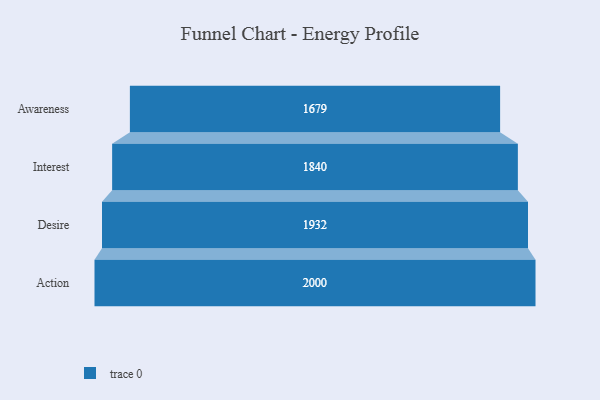
{"axis": {"x": "Stage", "y": "Value"}, "legend": [""], "data": [{"x": "Awareness", "y": 1679.0, "type": ""}, {"x": "Interest", "y": 1840.0, "type": ""}, {"x": "Desire", "y": 1932.0, "type": ""}, {"x": "Action", "y": 2000, "type": ""}]}